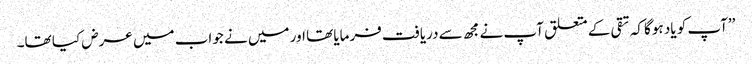
’’آپ کو یاد ہوگا کہ تقی کے متعلق آپ نے مجھ سے دریافت فرمایا تھا اور میں نے جواب میں عرض کیا تھا۔